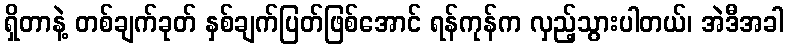
ရှိတာနဲ့ တစ်ချက်ခုတ် နှစ်ချက်ပြတ်ဖြစ်အောင် ရန်ကုန်က လှည့်သွားပါတယ်၊ အဲဒီအခါ